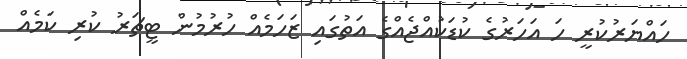
ހައްޔަރުކުރީ ހަ އަހަރުގެ ކުޑަކުއްޖެއްގެ އަތުގައި ޒަހަމެއް ހުރުމުން ޓީޗަރު ކުރި ކަމެއް